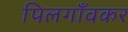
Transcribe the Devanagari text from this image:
पिलगाँवकर